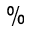
\%